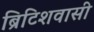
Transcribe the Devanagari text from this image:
ब्रिटिशवासी